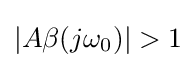
|A\beta (j\omega _{0})|>1